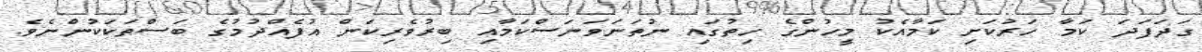
ގަދަފަދަ ކަމާ ހަރުކަށި ކަމާއެކު މީހުންގެ ހިތުގައި ނުތަނަވަނަސްކަމާއި ބިރުވެރިކަން އުފެއްދުމުގެ ބަސްތަކަކުންނެވެ.